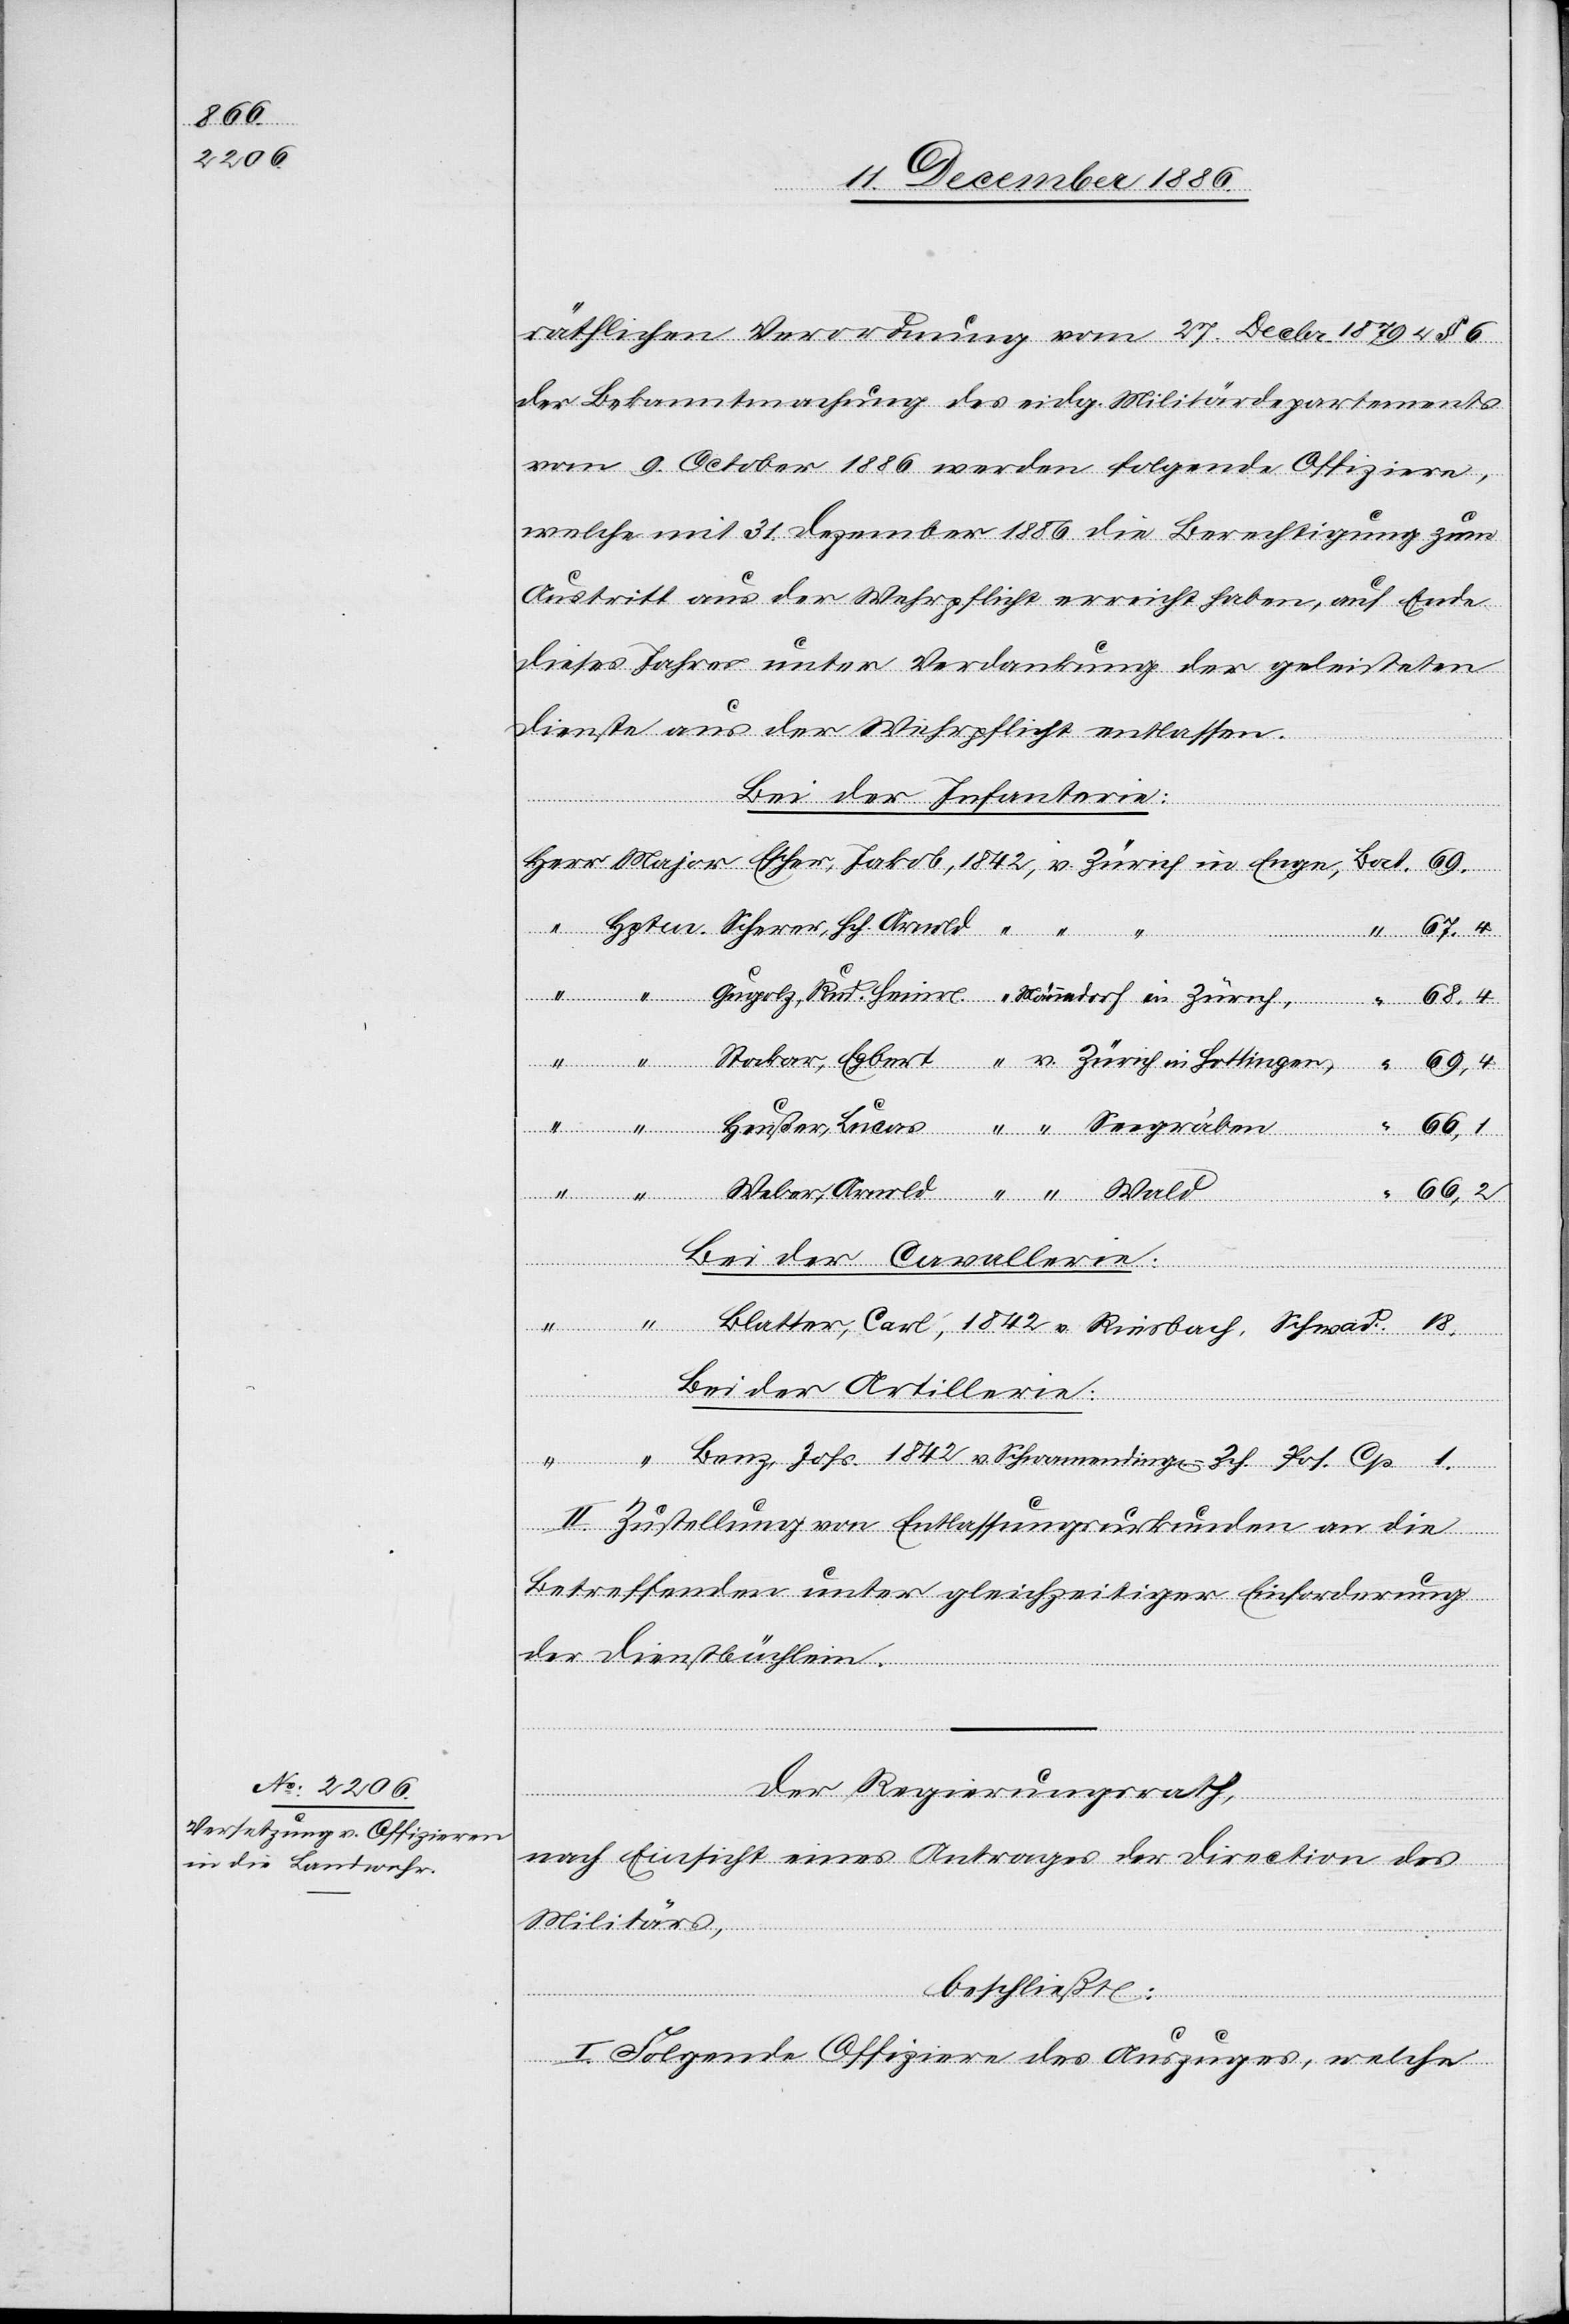
räthlichen Verordnung vom 27. Decbr. 1879 & § 6
der Bekanntmachung des eidg. Militärdepartements
vom 9. October 1886 werden folgende Offiziere,
welche mit 31. Dezember 1886 die Berechtigung zum
Austritt aus der Wehrpflicht erreicht haben, auf Ende
dieses Jahres unter Verdankung der geleisteten
Dienste aus der Wehrpflicht entlassen.
Bei der Infanterie:
Seegräben
1842
66,1
66,2
1.
Bei der Cavallerie:
-
Pos.
Bei der Artillerie:
v.
Schwamending[en]
II. Zustellung von Entlassungsurkunden an die
Betreffenden unter gleichzeitiger Einforderung
der Dienstbüchlein.
Der Regierungsrath,
Männedorf
nach Einsicht eines Antrages der Direction des
Militärs,
beschließt:
I. Folgende Offiziere des Auszuges, welche